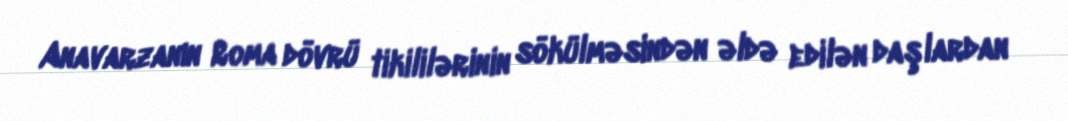
Anavarzanın Roma dövrü tikililərinin sökülməsindən əldə edilən daşlardan